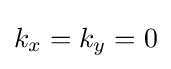
k_{x}=k_{y}=0